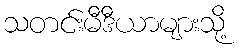
သတင်းမီဒီယာများသို့